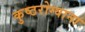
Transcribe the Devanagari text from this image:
कुष्ठरोग्याना